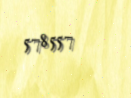
578557